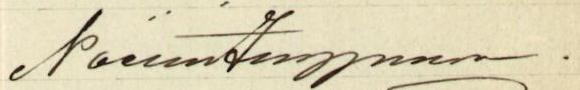
Naëmi Ingman